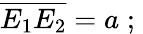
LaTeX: {\overline{{E_{1}E_{2}}}}=a\; ;\;